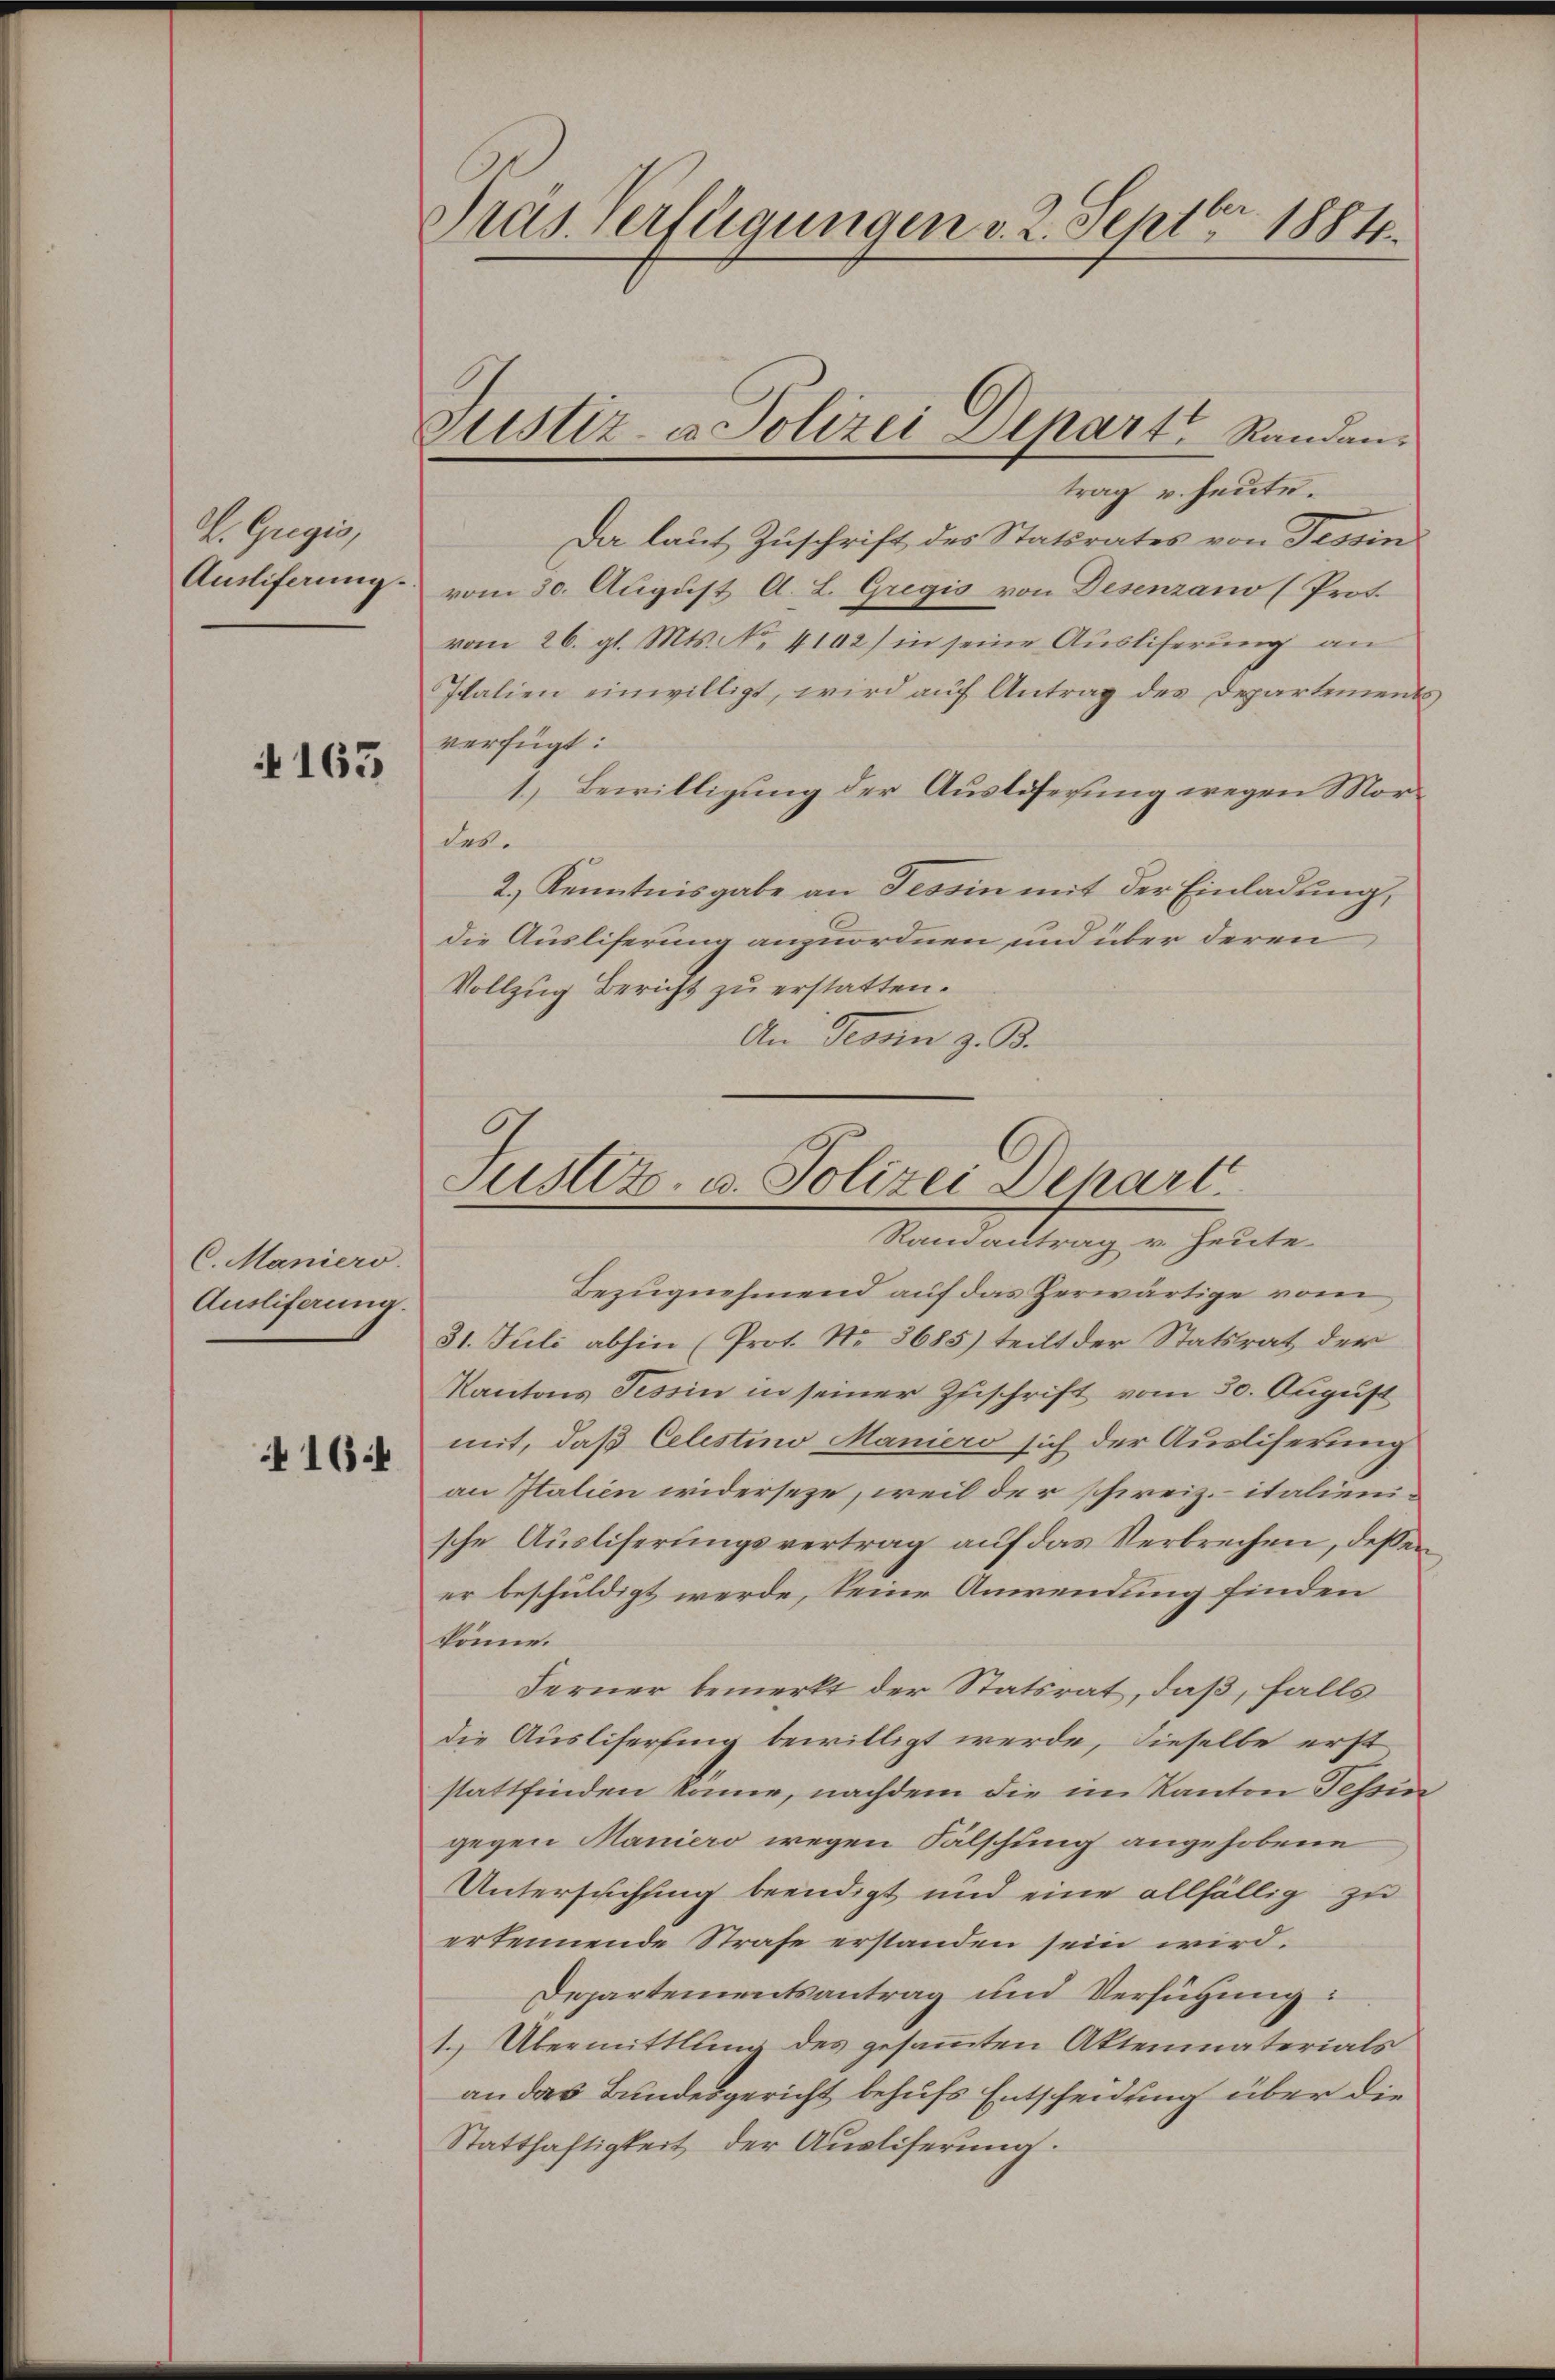
K. Gregis,
Auslieferung.

165

C. Maniero
Ausliferung.

164

Pras Verfügungen v. 2. Septbr 1884.

Zustiz- u. Polizei Depart Randantrag u. heute.

Da laut Zuschrift des Statsrates von Tessin
vom 30. August A. L. Gregis von Desenzano (Prot.
vom 26. gl. Mts. No 4102) in seine Ausliferung an
Italien einwilligt, wird auf Antrag des Departements
verfügt:
1) Bewilligung der Auslöserung wegen Mordes.
2.) Kenntnisgabe an Tessin mit der Einladung,
die Ausliferung anzuordnen und über deren
Vollzug Bericht zu erstatten.
An Tessin z. B.

Justiz, u. Polizei Dehart
Randantrag v. Heute

Bezugnehmend auf das Zerwärtige vom
31. Juli abhin (Prot. No 3685) teilt der Statsrat der
Kantons Tessin in seiner Zuschrift vom 30. August
mit, daß Celestino Maniero sich der Ausliferung
an Italien widerseze, weil der schweiz. italienische Ausliserungsvertrag auf das Verbrechen, deßen
er beschuldigt werde, keine Anwendung finden
könne.
Ferner bemerkt der Statsrat, daß, falls
die Ausliserfung bewilligt werde, dieselbe erst
stattfinden könne, nachdem die im Kanton Tessin
gegen Maniero wegen Fälschung angehobene
Untersuchung beendigt und eine allfällig zu
erkennende Strafe erstanden sein wird.
Departementsantrag und Verfügung:
1. Übermittlung des gesammten Aktenmaterials
an das Bundesgericht behufs Entscheidung über die
Statthaftigkeit der Ausliserung.